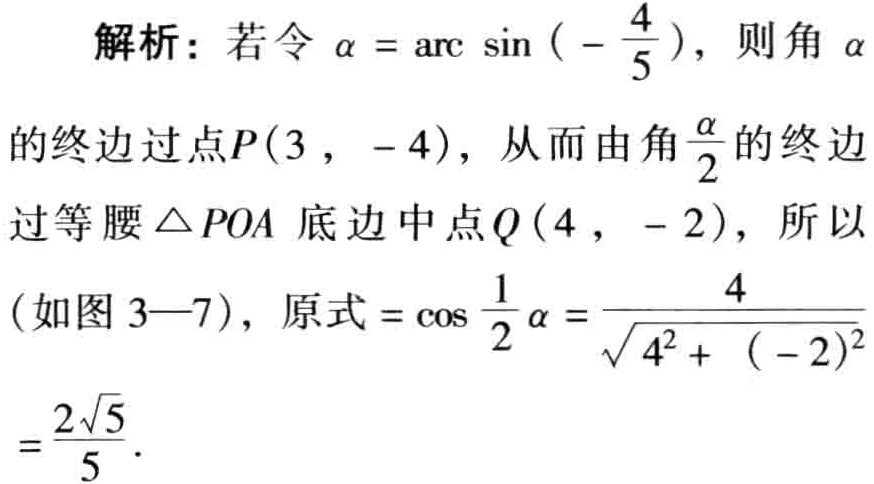
解析：若令\(\alpha = \arcsin\left(-\frac{4}{5}\right)\)，则角\(\alpha\)
的终边过点\(P(3, - 4)\)，从而由角\(\frac{\alpha}{2}\)的终边
过等腰\(\triangle POA\)底边中点\(Q(4, - 2)\)，所以
(如图 \(3 - 7\))，原式\(=\cos\frac{1}{2}\alpha=\frac{4}{\sqrt{4^{2}+(-2)^{2}}}\)
\(=\frac{2\sqrt{5}}{5}\)．